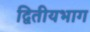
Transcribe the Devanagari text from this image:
द्वितीयभाग